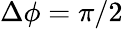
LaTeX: \Delta\phi=\pi/2